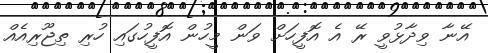
އޭނާ ވިދާޅުވީ ރޭ އެ އޮފީހަށް ވަން މީހުން އޮފީހުގައި ހުރި ތިޖޫރިއެއް